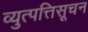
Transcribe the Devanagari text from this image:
व्युत्पत्तिसूचन